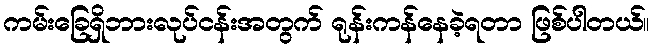
ကမ်းခြေရှိဘားလုပ်ငန်းအတွက် ရုန်းကန်နေခဲ့ရတာ ဖြစ်ပါတယ်။